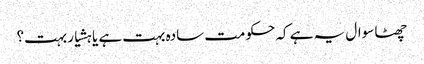
چھٹا سوال یہ ہے کہ حکومت سادہ بہت ہے یا ہشیار بہت؟